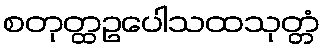
စတုတ္ထဥပေါသထသုတ္တံ